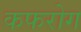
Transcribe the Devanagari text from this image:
कफरोग